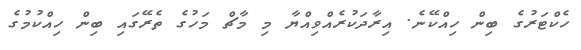
ހެކްޓަރުގެ ބިން ހިއްކޭނެ. އިރާދަކުރެއްވިއްޔާ މި މާޗް މަހުގެ ތެރޭގައި ބިން ހިއްކުމުގެ